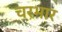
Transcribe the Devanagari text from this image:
चरभार